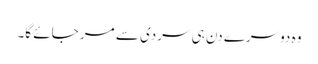
وہ دوسرے دن ہی سردی سے مر جائے گا۔